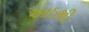
આઠથી